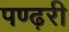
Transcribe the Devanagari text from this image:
पण्ढ़री